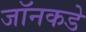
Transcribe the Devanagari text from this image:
जॉनकडे